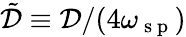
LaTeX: \tilde{\mathcal{D}}\equiv\mathcal{D}/(4\omega_{\mathrm{~s~p~}})